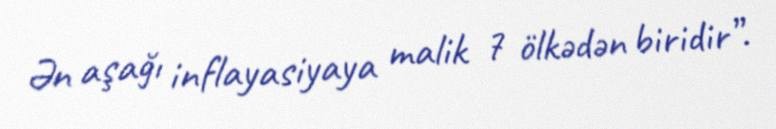
Ən aşağı inflayasiyaya malik 7 ölkədən biridir”.